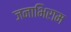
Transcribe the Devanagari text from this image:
जनाभिराम